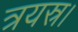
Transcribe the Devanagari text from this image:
त्रयस्र।